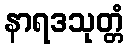
နာရဒသုတ္တံ